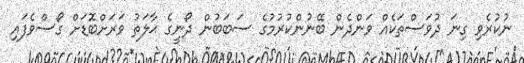
ނުކުރެވި ގިނަ ދުވަސްތަކެއް ވަންދެން ބޭނުންކުރުމުގެ ސަބަބުން ދޯނީގެ ޙާލަތު ވަރަށްބޮޑަށް ގޯސްވެފައި